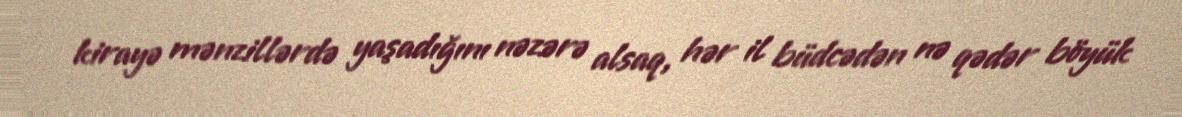
kirayə mənzillərdə yaşadığını nəzərə alsaq, hər il büdcədən nə qədər böyük